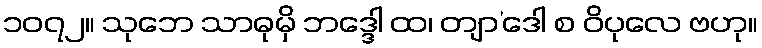
၁၀၇၂။ သုဘေ သာဓုမှိ ဘဒ္ဒေါ ထ၊ တျာ’ဒေါ စ ဝိပုလေ ဗဟု။